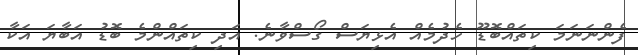
ފެންނަނަމަ ކިތައްބޮޑޫ ހެދުމެއް އެޅިޔަސް ގޯސްވާނެ. އަދި ކިތައްންމެ ބޮޑު އަބާޔަ އަކާ